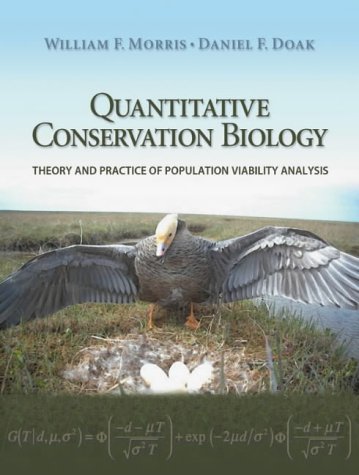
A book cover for Quantitative Conservation Biology: Theory and Practice of Population Viability Analysis; William F. Morris; Science & Math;